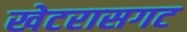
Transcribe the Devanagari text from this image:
खेटरासगट